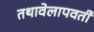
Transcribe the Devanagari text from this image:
तथावेलापवर्ती